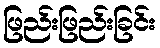
ဖြည်းဖြည်းခြင်း